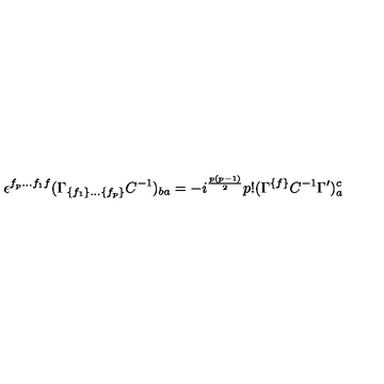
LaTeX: \epsilon ^ { f _ { p } \ldots f _ { 1 } f } ( \Gamma _ { \{ f _ { 1 } \} \ldots \{ f _ { p } \} } C ^ { - { 1 } } ) _ { { b a } } = - i ^ { { { \frac { p ( p - 1 ) } { 2 } } } } p ! ( \Gamma ^ { \{ f \} } C ^ { - { 1 } } \Gamma ^ { \prime } ) _ { a } ^ { c }